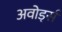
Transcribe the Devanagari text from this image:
अवोर्ड्स